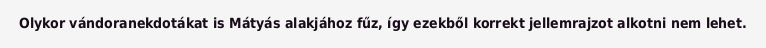
Olykor vándoranekdotákat is Mátyás alakjához fűz, így ezekből korrekt jellemrajzot alkotni nem lehet.